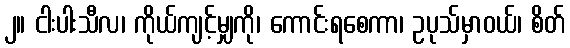
၂။ ငါးပါးသီလ၊ ကိုယ်ကျင့်မျှကို၊ ကောင်းရစေကာ၊ ဥပုသ်မှာဝယ်၊ စိတ်